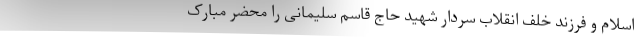
اسلام و فرزند خلف انقلاب سردار شهید حاج قاسم سلیمانی را محضر مبارک